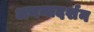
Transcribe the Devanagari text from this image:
अनन्तदर्शन